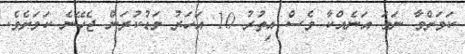
ކަމަށްވާ ނަމަ އަނެއްކާ ވެސް އިތުރު 10 އަހަރު މަޑުކުރަން ޖެހޭނެ ކަމަށެވެ.